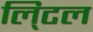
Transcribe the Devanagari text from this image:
लि्टल